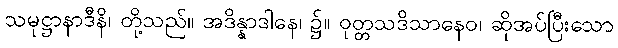
သမုဋ္ဌာနာဒီနိ၊ တို့သည်။ အဒိန္နာဒါနေ၊ ၌။ ဝုတ္တသဒိသာနေဝ၊ ဆိုအပ်ပြီးသော